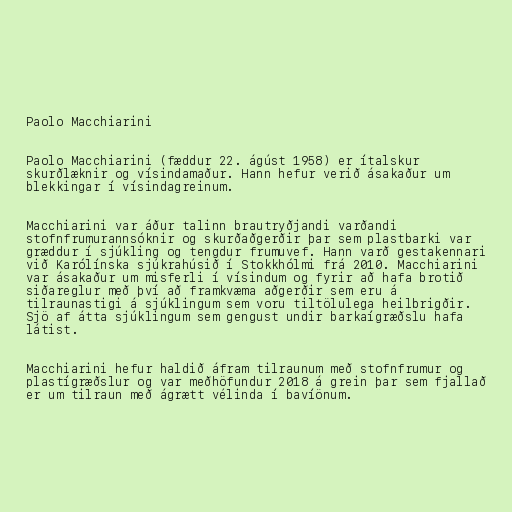
Paolo Macchiarini

Paolo Macchiarini (fæddur 22. ágúst 1958) er ítalskur
skurðlæknir og vísindamaður. Hann hefur verið ásakaður um
blekkingar í vísindagreinum.

Macchiarini var áður talinn brautryðjandi varðandi
stofnfrumurannsóknir og skurðaðgerðir þar sem plastbarki var
græddur í sjúkling og tengdur frumuvef. Hann varð gestakennari
við Karólínska sjúkrahúsið í Stokkhólmi frá 2010. Macchiarini
var ásakaður um misferli í vísindum og fyrir að hafa brotið
siðareglur með því að framkvæma aðgerðir sem eru á
tilraunastigi á sjúklingum sem voru tiltölulega heilbrigðir.
Sjö af átta sjúklingum sem gengust undir barkaígræðslu hafa
látist.

Macchiarini hefur haldið áfram tilraunum með stofnfrumur og
plastígræðslur og var meðhöfundur 2018 á grein þar sem fjallað
er um tilraun með ágrætt vélinda í bavíönum.